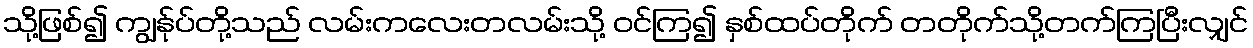
သို့ဖြစ်၍ ကျွန်ုပ်တို့သည် လမ်းကလေးတလမ်းသို့ ဝင်ကြ၍ နှစ်ထပ်တိုက် တတိုက်သို့တက်ကြပြီးလျှင်